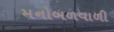
મનોબળવાળી